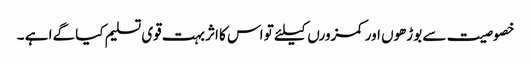
خصوصیت سے بوڑھوں اور کمزورں کیلئے تو اس کا اثر بہت قوی تسلیم کیا گےا ہے ۔